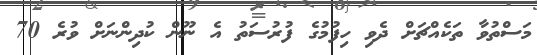
މަސްތުވާ ތަކެއްޗަށް ދެވި ހިފުމުގެ ފުރުސަތު އެ ނޫން ކުދިންނަށް ވުރެ 70